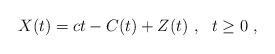
LaTeX: \begin{align*}X(t)=ct-C(t)+Z(t)~,~~t\geq 0~,\end{align*}